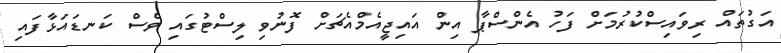
އަގުތައް ރިވައިސްކުރުމަށް ފަހު އެންސްޕާ އިން އައިޖީއެމްއެޗަށް ފޮނުވި ލިސްޓުގައި ވެސް ކަނޑައަޅާފައި